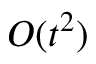
O ( t ^ { 2 } )